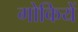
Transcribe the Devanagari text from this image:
गोकियें